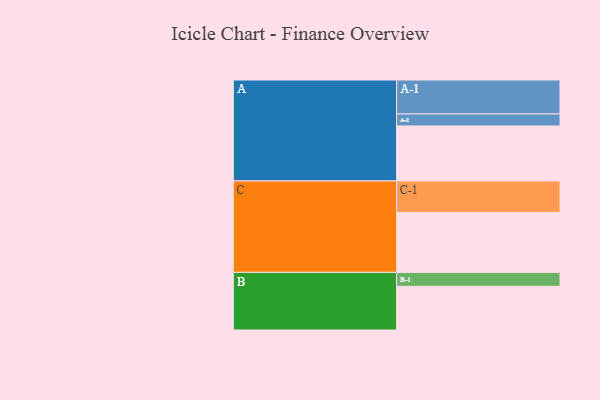
{"axis": {"x": "Segment", "y": "Value"}, "legend": ["", "A", "B", "C"], "data": [{"x": "A", "y": 481, "type": ""}, {"x": "B", "y": 382, "type": ""}, {"x": "C", "y": 524, "type": ""}, {"x": "A-1", "y": 297, "type": "A"}, {"x": "A-2", "y": 105, "type": "A"}, {"x": "B-1", "y": 122, "type": "B"}, {"x": "C-1", "y": 275, "type": "C"}]}